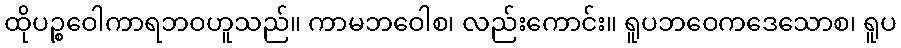
ထိုပဉ္စဝေါကာရဘဝဟူသည်။ ကာမဘဝေါစ၊ လည်းကောင်း။ ရူပဘဝေကဒေသောစ၊ ရူပ